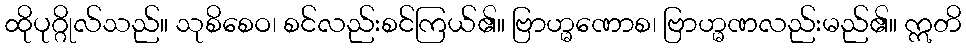
ထိုပုဂ္ဂိုလ်သည်။ သုစိစေဝ၊ စင်လည်းစင်ကြယ်၏။ ဗြာဟ္မဏောစ၊ ဗြာဟ္မဏလည်းမည်၏။ ဣတိ